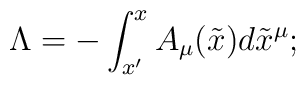
\Lambda=-\int_{x'}^{x}A_{\mu}(\tilde{x})d\tilde{x}^{\mu};